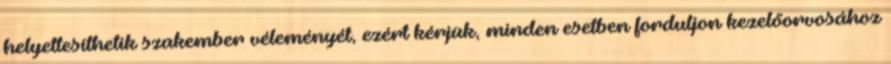
helyettesíthetik szakember véleményét, ezért kérjük, minden esetben forduljon kezelőorvosához